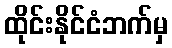
ထိုင်းနိုင်ငံဘက်မှ